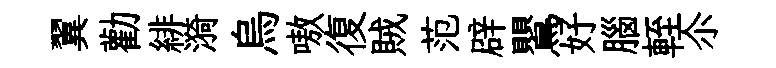
翼勸緋漪烏嗷復賊范辟鸎好腦輊尒